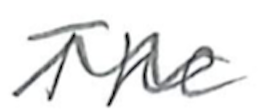
Text: The
Cross-out: mix
Writing tool: pencil